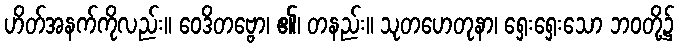
ဟိတ်အနက်ကိုလည်း။ ဝေဒိတဗ္ဗော၊ ၏၊ တနည်း။ သုတဟေတုနာ၊ ရှေးရှေးသော ဘဝတို့၌